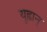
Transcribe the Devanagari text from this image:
युह्वान्